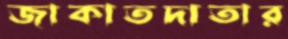
জাকাতদাতার